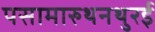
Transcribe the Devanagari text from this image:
पसामारुथनथुरई